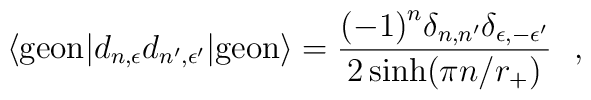
\langle {\rm geon}| d_{n,\epsilon} d_{n',\epsilon'} |{\rm geon} \rangle =\frac{{(-1)}^n \delta_{n,n'} \delta_{\epsilon,-\epsilon'}} {2\sinh(\pi n/r_+)}\ \ ,